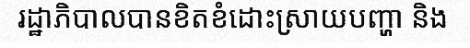
រដ្ឋាភិបាលបានខិតខំដោះស្រាយបញ្ហា និង